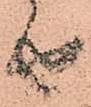
由